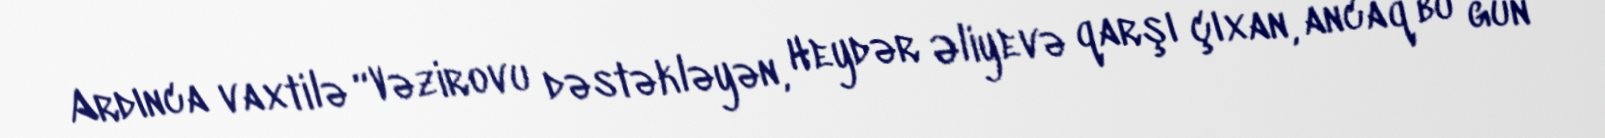
Ardınca vaxtilə “Vəzirovu dəstəkləyən, Heydər Əliyevə qarşı çıxan, ancaq bu gün